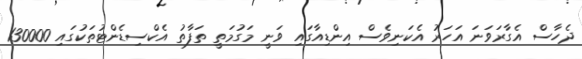
ދެހާސް އެގާރަވަނަ އަހަރު އެކަނިވެސް އިންޑިއާގައި ވަނީ މަގުމަތީ ތަފާތު އެކްސިޑެންޓުތަކުގައި 130000